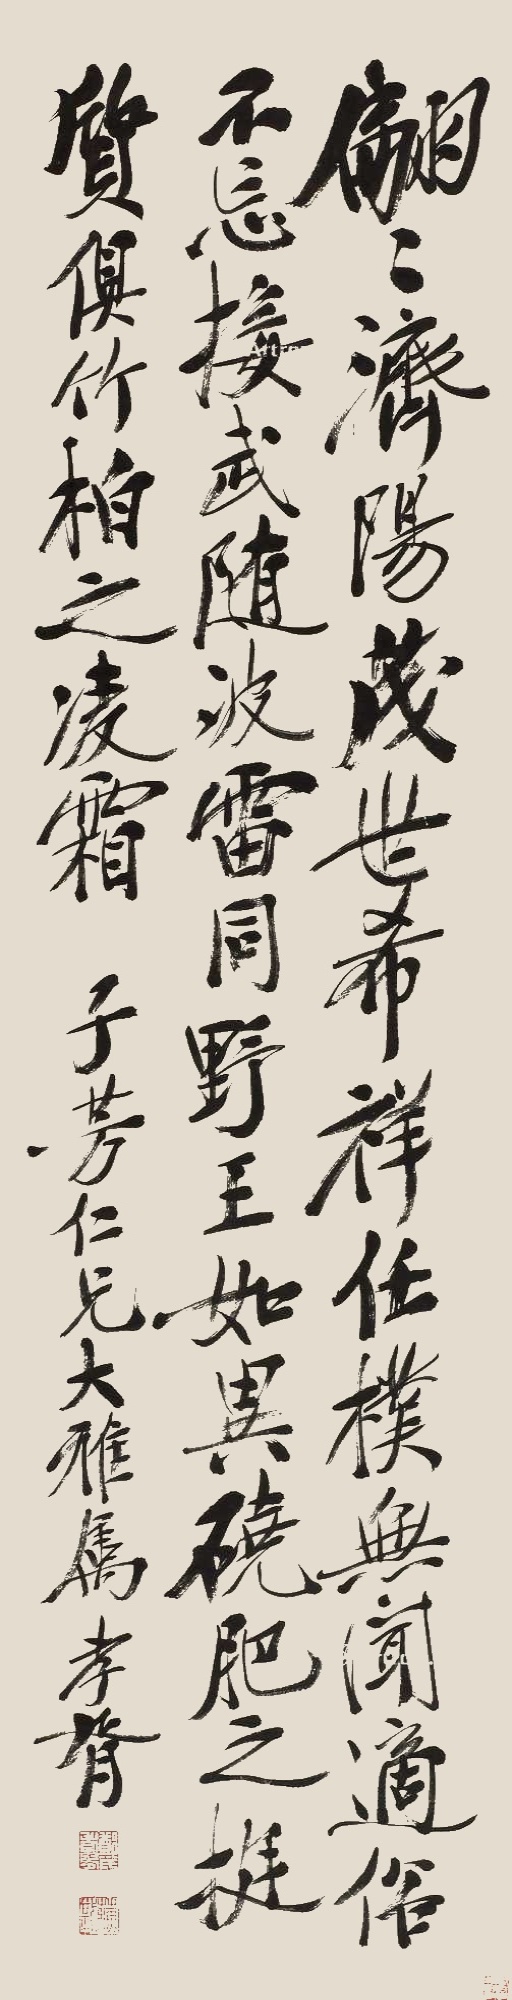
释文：翩翩济阳，茂世希祥。任朴无闻，适俗不忘。接武随波，雷同野王。如异硗肥之挺质，俱竹柏之凌霜。子芳仁兄大雅属，孝胥。